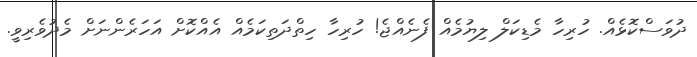
ދުވަސްކޮޅެއް. ހުރިހާ މެޑިކަލް ލިޔުމެއް ފެނެއްޖެ! ހުރިހާ ހިތްދަތިކަމެއް އެއްކޮށް އަހަރެންނަށް މެދުވެރިވީ.